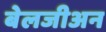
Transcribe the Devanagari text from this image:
बेलजीअन